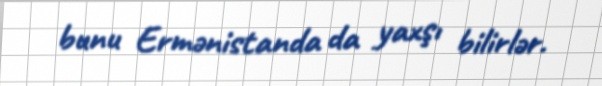
bunu Ermənistanda da yaxşı bilirlər.